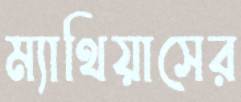
ম্যাথিয়াসের